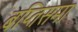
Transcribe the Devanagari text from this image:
बप्तिसमा